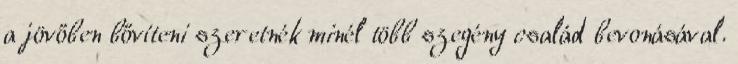
a jövőben bővíteni szeretnék minél több szegény család bevonásával.